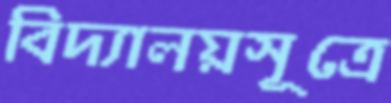
বিদ্যালয়সূত্রে